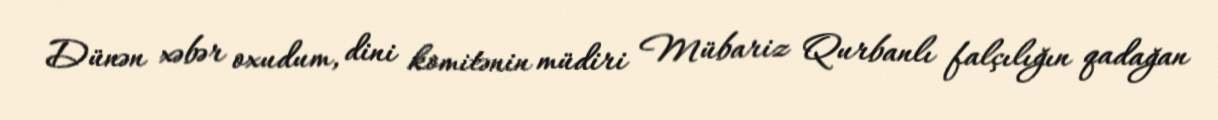
Dünən xəbər oxudum, dini komitənin müdiri Mübariz Qurbanlı falçılığın qadağan